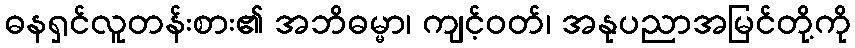
ဓနရှင်လူတန်းစား၏ အဘိဓမ္မာ၊ ကျင့်ဝတ်၊ အနုပညာအမြင်တို့ကို